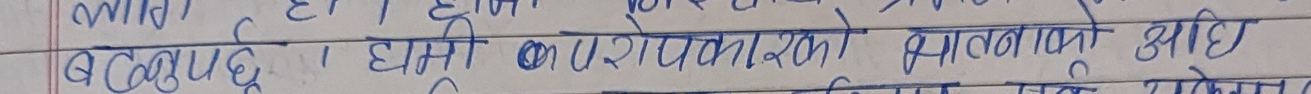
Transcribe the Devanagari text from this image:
बटाउछ । हामी उपभोक्ताहरुको मागका लागि